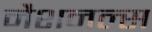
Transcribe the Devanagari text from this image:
नैशनल्स